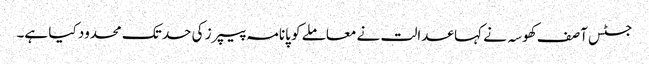
جسٹس آصف کھوسہ نے کہا عدالت نے معاملے کو پانامہ پیپرز کی حد تک محدود کیا ہے۔